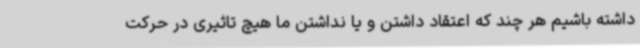
داشته باشیم هر چند که اعتقاد داشتن و یا نداشتن ما هیچ تاثیری در حرکت